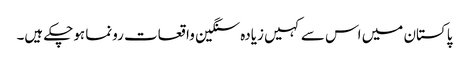
پاکستان میں اس سے کہیں زیادہ سنگین واقعات رونما ہوچکے ہیں۔